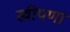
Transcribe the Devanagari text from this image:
स्त्रीपणा